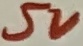
Text: 5V